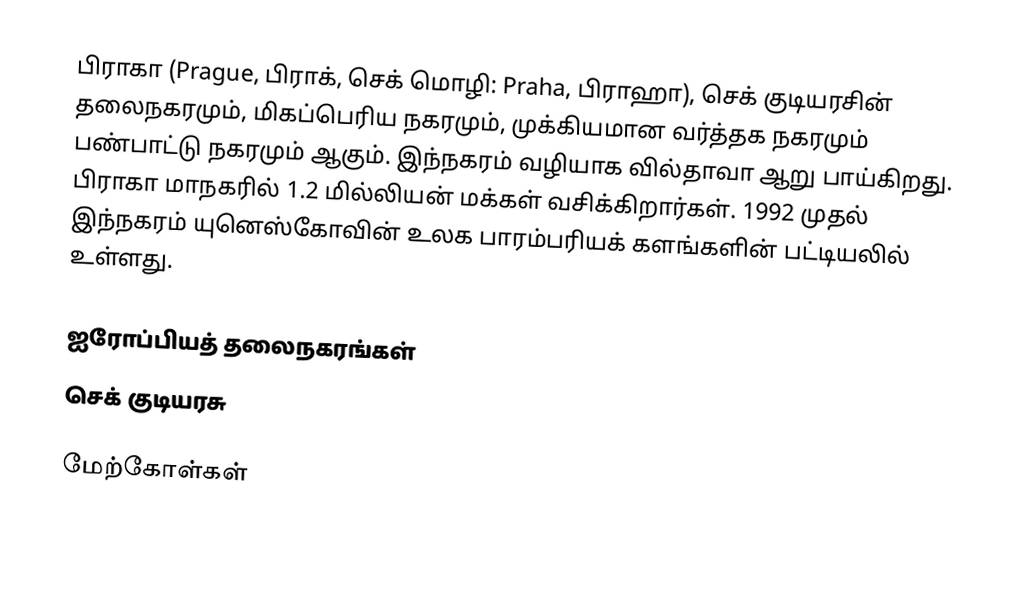
பிராகா (Prague, பிராக், செக் மொழி: Praha, பிராஹா), செக் குடியரசின் தலைநகரமும், மிகப்பெரிய நகரமும், முக்கியமான வர்த்தக நகரமும் பண்பாட்டு நகரமும் ஆகும். இந்நகரம் வழியாக வில்தாவா ஆறு பாய்கிறது. பிராகா மாநகரில் 1.2 மில்லியன் மக்கள் வசிக்கிறார்கள். 1992 முதல் இந்நகரம் யுனெஸ்கோவின் உலக பாரம்பரியக் களங்களின் பட்டியலில் உள்ளது.

ஐரோப்பியத் தலைநகரங்கள்
செக் குடியரசு

மேற்கோள்கள்